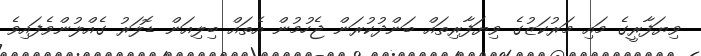
ވިޔަފާރީގެ މައި މަރުކަޒުގެ ވިޔަފާރިތައް ބަންދުކުރަން ޖެހުމުން އެތައް ބިލިއަން ޑޮލަރު ގެއްލުންވެފައިވެ